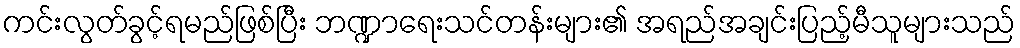
ကင်းလွတ်ခွင့်ရမည်ဖြစ်ပြီး ဘဏ္ဍာရေးသင်တန်းများ၏ အရည်အချင်းပြည့်မီသူများသည်